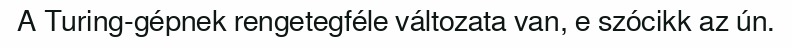
A Turing-gépnek rengetegféle változata van, e szócikk az ún.